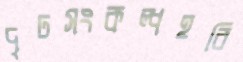
দৃঢসংকল্পহরি